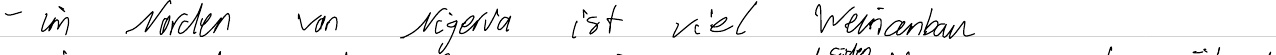
- im Norden von Nigeria ist viel Weinanbau